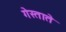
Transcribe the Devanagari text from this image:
गेस्ताते